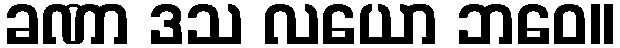
ခဏာ ဒသ လယော ဘဝေ။